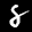
Label: 8